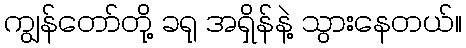
ကျွန်တော်တို့ ခရု အရှိန်နဲ့ သွားနေတယ်။